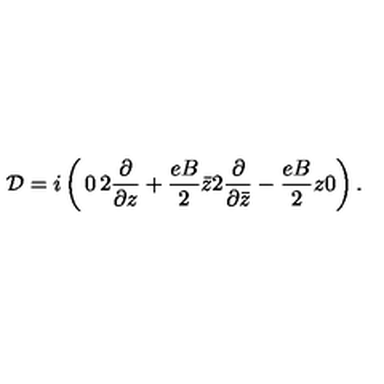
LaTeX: { \cal D } = i \left( \begin{matrix} { 0 } & { 2 \frac { \partial } { \partial z } + \frac { e B } { 2 } \bar { z } } \\ { 2 \frac { \partial } { \partial \bar { z } } - \frac { e B } { 2 } z } & { 0 } \\ \end{matrix} \right) .